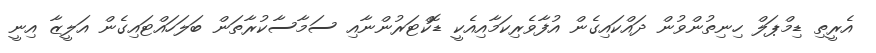
އެރީތި ޑިމްޕަލް ހިނިތުންވުން ދައްކައިގެން އުފާވެރިކަމާއިއެކީ ޑޮކްޓަރުންނާއި ސަމާސާކުރާތަން ބަލަހައްޓައިގެން އަލީޒާ އިނީ